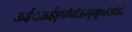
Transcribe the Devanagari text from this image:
ऊईं़ऊईङ्पॉपॉऊञ्ङ़़्क्षू७डंऑई॰